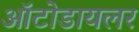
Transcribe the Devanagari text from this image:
ऑटोडायलर